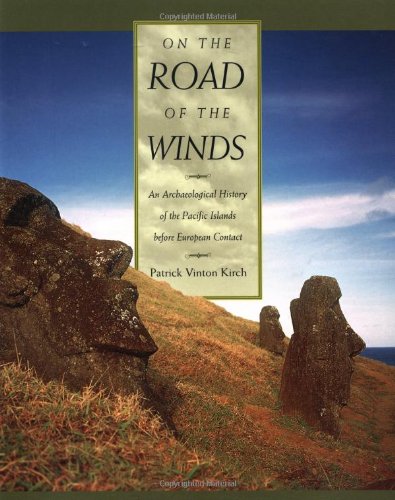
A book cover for On the Road of the Winds: An ArchÃ¦ological History of the Pacific Islands before European Contact; Patrick Vinton Kirch; History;